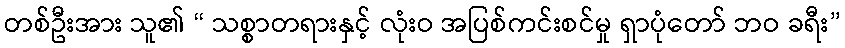
တစ်ဦးအား သူ၏ “ သစ္စာတရားနှင့် လုံးဝ အပြစ်ကင်းစင်မှု ရှာပုံတော် ဘဝ ခရီး”